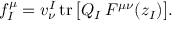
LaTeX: f _ { I } ^ { \mu } = v _ { \nu } ^ { I } \, \mathrm { t r } \, \bigl [ Q _ { I } \, F ^ { \mu \nu } ( z _ { I } ) \bigr ] .